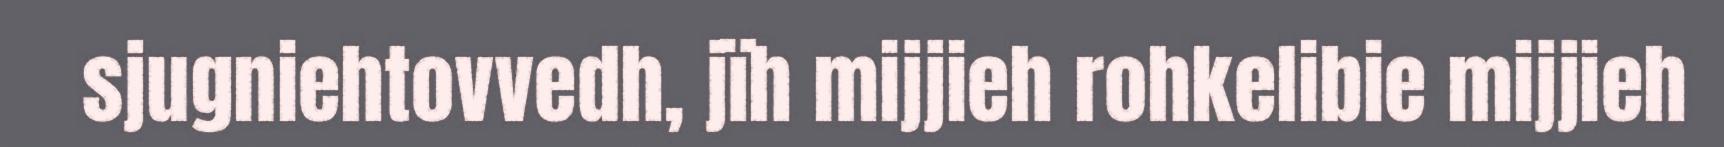
sjugniehtovvedh, jïh mijjieh rohkelibie mijjieh